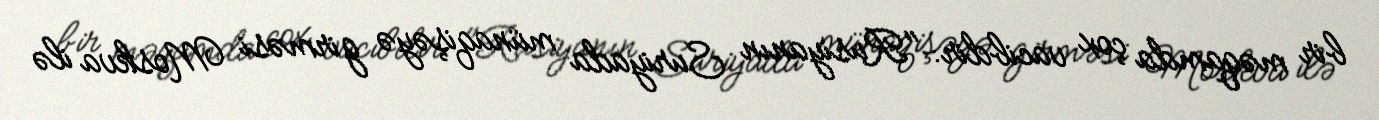
bir məqamda çox vacibdir: "Rusiyanın Suriyada münaqişəyə girməsi Moskva ilə